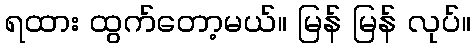
ရထား ထွက်တော့မယ်။ မြန် မြန် လုပ်။